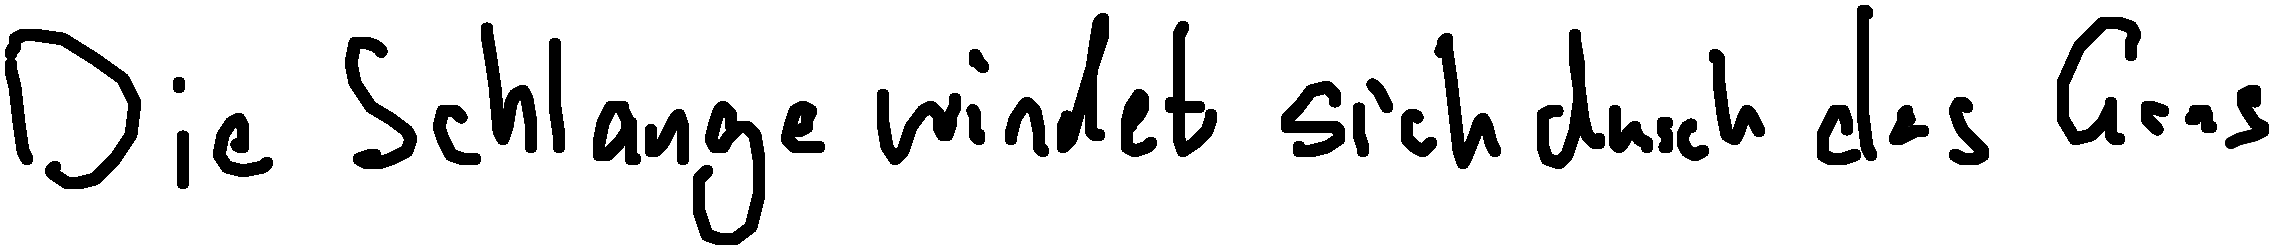
Die Schlange windet sich durch das Gras.